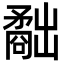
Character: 𥎐